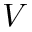
V